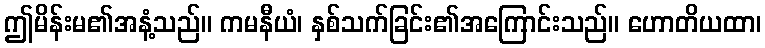
ဤမိန်းမ၏အနံ့သည်။ ကမနီယံ၊ နှစ်သက်ခြင်း၏အကြောင်းသည်။ ဟောတိယထာ၊